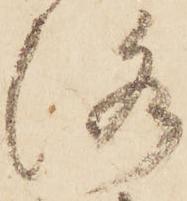
洛